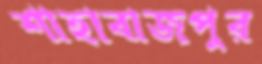
শাহাবাজপুর